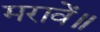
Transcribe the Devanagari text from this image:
मरावें॥